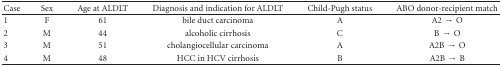
<table><thead><tr><td><b>Case</b></td><td><b>Sex</b></td><td><b>Age at ALDLT</b></td><td><b>Diagnosis and indication for ALDLT</b></td><td><b>Child-Pugh status</b></td><td><b>ABO donor-recipient match</b></td></tr></thead><tbody><tr><td>1</td><td>F</td><td>61</td><td>bile duct carcinoma</td><td>A</td><td>A2 → O</td></tr><tr><td>2</td><td>M</td><td>44</td><td>alcoholic cirrhosis</td><td>C</td><td>B → O</td></tr><tr><td>3</td><td>M</td><td>51</td><td>cholangiocellular carcinoma</td><td>A</td><td>A2B → O</td></tr><tr><td>4</td><td>M</td><td>48</td><td>HCC in HCV cirrhosis</td><td>B</td><td>A2B → B</td></tr></tbody></table>